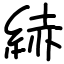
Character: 𦀗